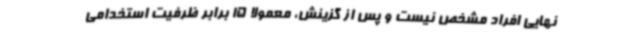
نهایی افراد مشخص نیست و پس از گزینش، معمولا 15 برابر ظرفیت استخدامی